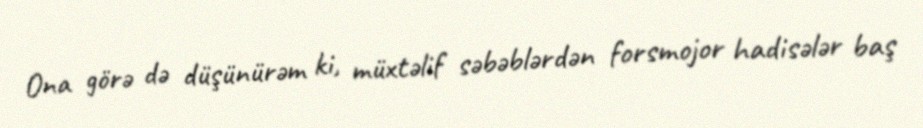
Ona görə də düşünürəm ki, müxtəlif səbəblərdən forsmojor hadisələr baş